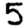
Digit: 5